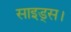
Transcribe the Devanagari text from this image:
साइड्स।